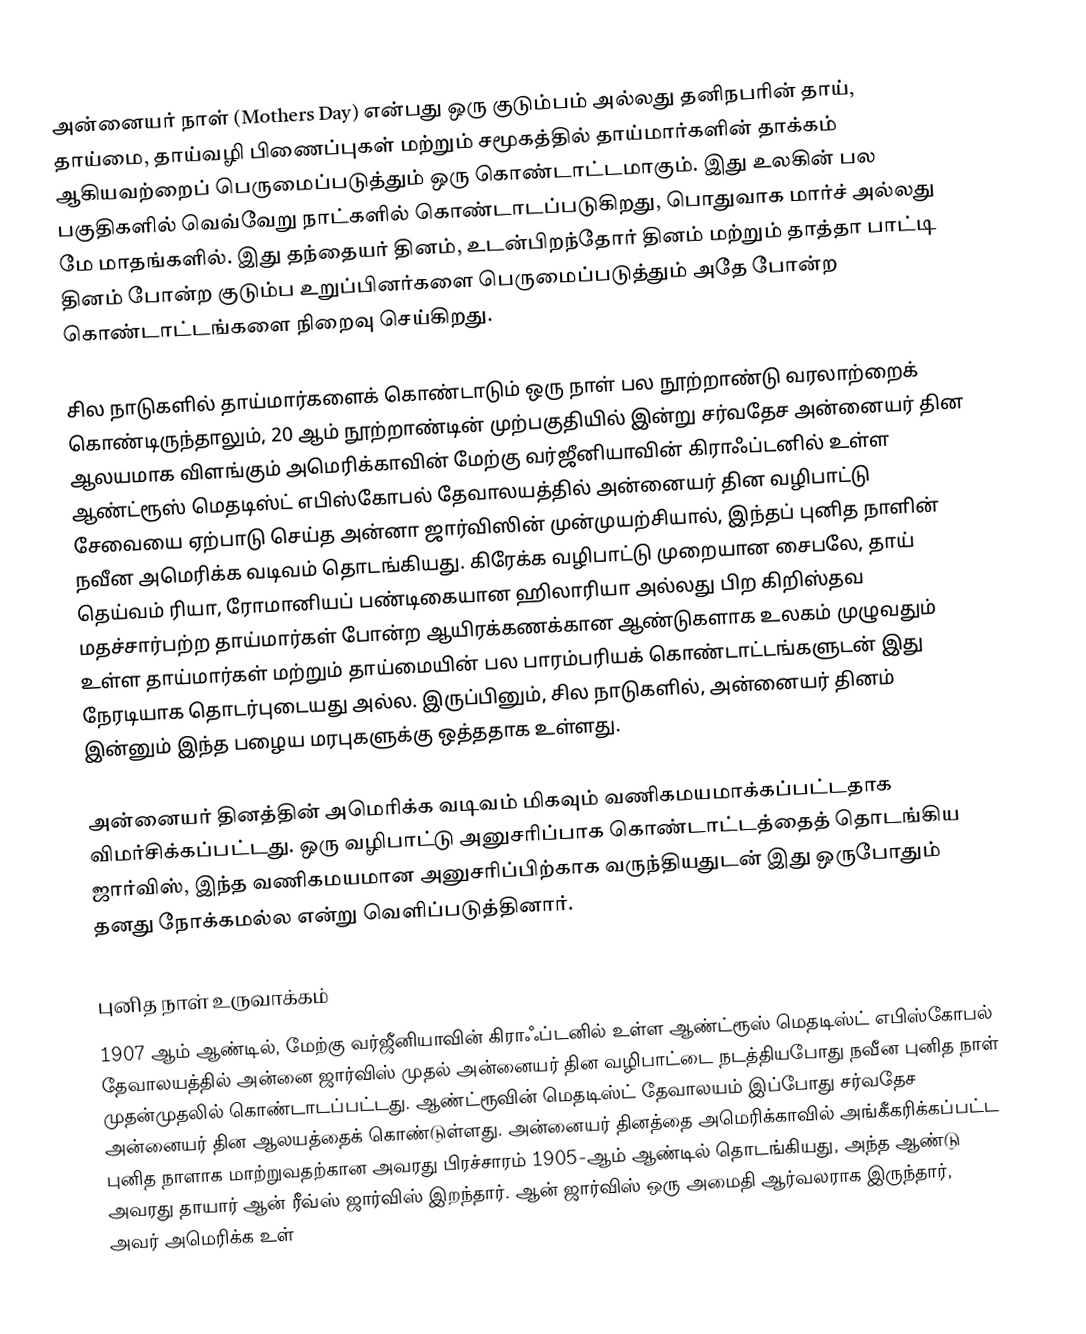
அன்னையர் நாள் (Mothers Day) என்பது ஒரு குடும்பம் அல்லது தனிநபரின் தாய், தாய்மை, தாய்வழி பிணைப்புகள் மற்றும் சமூகத்தில் தாய்மார்களின் தாக்கம் ஆகியவற்றைப் பெருமைப்படுத்தும் ஒரு கொண்டாட்டமாகும். இது உலகின் பல பகுதிகளில் வெவ்வேறு நாட்களில் கொண்டாடப்படுகிறது, பொதுவாக மார்ச் அல்லது மே மாதங்களில். இது தந்தையர் தினம், உடன்பிறந்தோர் தினம் மற்றும் தாத்தா பாட்டி தினம் போன்ற குடும்ப உறுப்பினர்களை பெருமைப்படுத்தும் அதே போன்ற கொண்டாட்டங்களை நிறைவு செய்கிறது.

சில நாடுகளில் தாய்மார்களைக் கொண்டாடும் ஒரு நாள் பல நூற்றாண்டு வரலாற்றைக் கொண்டிருந்தாலும், 20 ஆம் நூற்றாண்டின் முற்பகுதியில் இன்று சர்வதேச அன்னையர் தின ஆலயமாக விளங்கும் அமெரிக்காவின் மேற்கு வர்ஜீனியாவின் கிராஃப்டனில் உள்ள ஆண்ட்ரூஸ் மெதடிஸ்ட் எபிஸ்கோபல் தேவாலயத்தில் அன்னையர் தின வழிபாட்டு சேவையை ஏற்பாடு செய்த அன்னா ஜார்விஸின் முன்முயற்சியால், இந்தப் புனித நாளின் நவீன அமெரிக்க வடிவம் தொடங்கியது. கிரேக்க வழிபாட்டு முறையான சைபலே, தாய் தெய்வம் ரியா, ரோமானியப் பண்டிகையான ஹிலாரியா அல்லது பிற கிறிஸ்தவ மதச்சார்பற்ற தாய்மார்கள் போன்ற ஆயிரக்கணக்கான ஆண்டுகளாக உலகம் முழுவதும் உள்ள தாய்மார்கள் மற்றும் தாய்மையின் பல பாரம்பரியக் கொண்டாட்டங்களுடன் இது நேரடியாக தொடர்புடையது அல்ல. இருப்பினும், சில நாடுகளில், அன்னையர் தினம் இன்னும் இந்த பழைய மரபுகளுக்கு ஒத்ததாக உள்ளது.

அன்னையர் தினத்தின் அமெரிக்க வடிவம் மிகவும் வணிகமயமாக்கப்பட்டதாக விமர்சிக்கப்பட்டது. ஒரு வழிபாட்டு அனுசரிப்பாக கொண்டாட்டத்தைத் தொடங்கிய ஜார்விஸ், இந்த வணிகமயமான அனுசரிப்பிற்காக வருந்தியதுடன் இது ஒருபோதும் தனது நோக்கமல்ல என்று வெளிப்படுத்தினார்.

புனித நாள் உருவாக்கம்
1907 ஆம் ஆண்டில், மேற்கு வர்ஜீனியாவின் கிராஃப்டனில் உள்ள ஆண்ட்ரூஸ் மெதடிஸ்ட் எபிஸ்கோபல் தேவாலயத்தில் அன்னை ஜார்விஸ் முதல் அன்னையர் தின வழிபாட்டை நடத்தியபோது நவீன புனித நாள் முதன்முதலில் கொண்டாடப்பட்டது. ஆண்ட்ரூவின் மெதடிஸ்ட் தேவாலயம் இப்போது சர்வதேச அன்னையர் தின ஆலயத்தைக் கொண்டுள்ளது. அன்னையர் தினத்தை அமெரிக்காவில் அங்கீகரிக்கப்பட்ட புனித நாளாக மாற்றுவதற்கான அவரது பிரச்சாரம் 1905-ஆம் ஆண்டில் தொடங்கியது, அந்த ஆண்டு அவரது தாயார் ஆன் ரீவ்ஸ் ஜார்விஸ் இறந்தார். ஆன் ஜார்விஸ் ஒரு அமைதி ஆர்வலராக இருந்தார், அவர் அமெரிக்க உள்